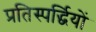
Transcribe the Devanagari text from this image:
प्रतिस्पर्द्धियों